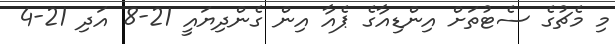
މި މެޗުގެ ސެޓުތަށް އިންޑިއާގެ ޕެއާ އިން ގެންދިޔައީ 21-8 އަދި 21-4